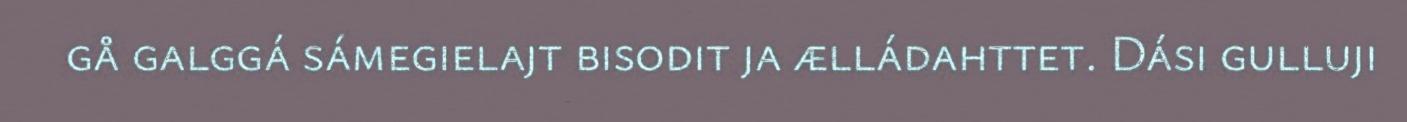
gå galggá sámegielajt bisodit ja ælládahttet. Dási gulluji